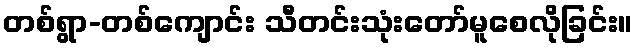
တစ်ရွာ-တစ်ကျောင်း သီတင်းသုံးတော်မူစေလိုခြင်း။